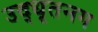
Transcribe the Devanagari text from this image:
उद्‌धृतनग